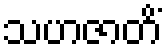
သဟဇာတိံ